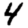
Digit: 4